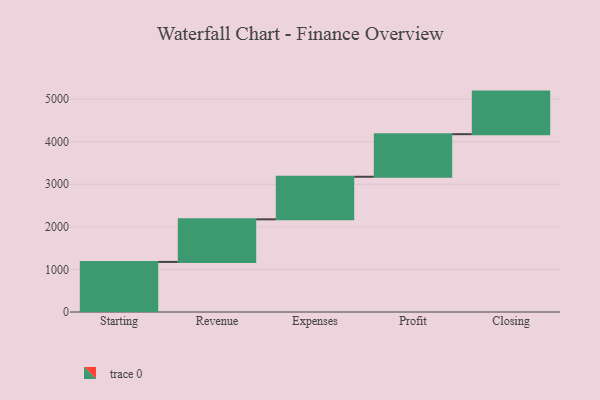
{"axis": {"x": "Step", "y": "Value"}, "legend": [""], "data": [{"x": "Starting", "y": 1176.0, "type": ""}, {"x": "Revenue", "y": 1000, "type": ""}, {"x": "Expenses", "y": 1000, "type": ""}, {"x": "Profit", "y": 1000, "type": ""}, {"x": "Closing", "y": 1000, "type": ""}]}